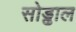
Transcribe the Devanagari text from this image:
सोड्ढाल